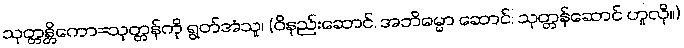
သုတ္တန္တိကော=သုတ္တန်ကို ရွတ်အံသူ၊ (ဝိနည်းဆောင်, အဘိဓမ္မာ ဆောင်, သုတ္တန်ဆောင် ဟူလို။)